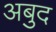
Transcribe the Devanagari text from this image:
अबुद